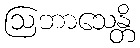
ဩဘာသေန္တိ